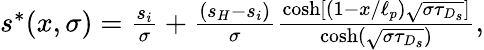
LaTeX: \begin{array}{r}{s^{\ast}(x,\sigma)=\frac{s_{i}}{\sigma}+\frac{(s_{H}-s_{i})}{\sigma}\frac{\cosh[(1-x/\ell_{p})\sqrt{\sigma\tau_{D_{s}}}]}{\cosh(\sqrt{\sigma\tau_{D_{s}}})},}\end{array}